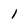
Character: I